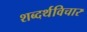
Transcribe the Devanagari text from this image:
शब्दर्थविचार